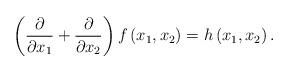
LaTeX: \begin{align*}\left(\frac{\partial}{\partial x_{1}}+\frac{\partial}{\partial x_{2}}\right)f\left(x_{1},x_{2}\right)=h\left(x_{1},x_{2}\right).\end{align*}